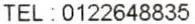
TEL : 0122648835